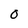
Character: 0